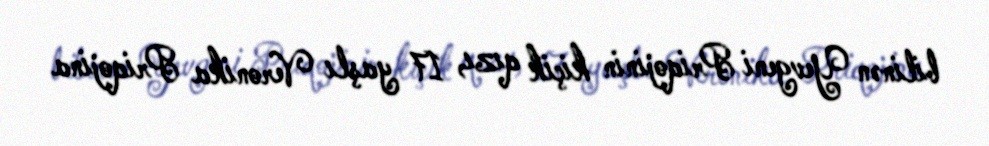
bilinən Yevgeni Priqojinin kiçik qızı, 17 yaşlı Veronika Priqojina